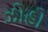
ઝોહો